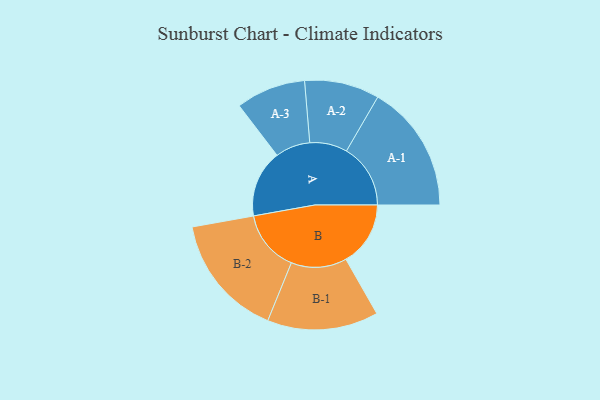
{"axis": {"x": "Segment", "y": "Value"}, "legend": ["", "A", "B"], "data": [{"x": "A", "y": 260, "type": ""}, {"x": "B", "y": 250, "type": ""}, {"x": "A-1", "y": 248, "type": "A"}, {"x": "A-2", "y": 145, "type": "A"}, {"x": "A-3", "y": 135, "type": "A"}, {"x": "B-1", "y": 215, "type": "B"}, {"x": "B-2", "y": 239, "type": "B"}]}